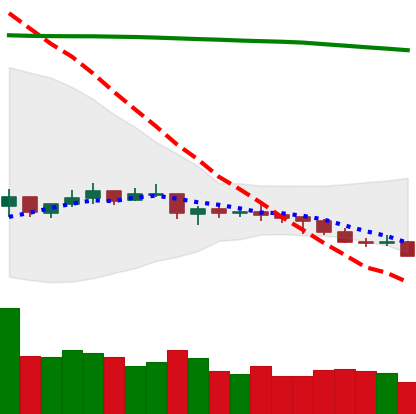
Ticker: NEO-USD
Chart end date: 2021-07-19
Forward return: 10.901%
Label: up_7plus